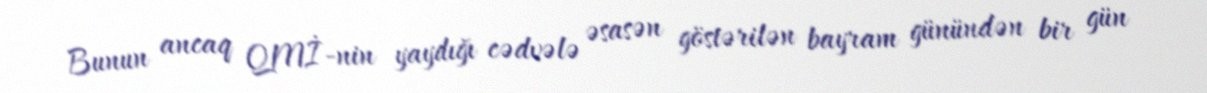
Bunun ancaq QMİ-nin yaydığı cədvələ əsasən göstərilən bayram günündən bir gün